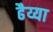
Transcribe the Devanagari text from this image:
ढैय्या